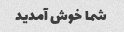
شما خوش آمدید